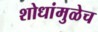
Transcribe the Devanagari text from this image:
शोधांमुळेच